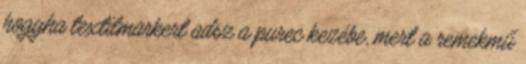
hogyha textilmarkert adsz a purec kezébe, mert a remekmű